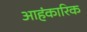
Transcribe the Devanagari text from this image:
आहंकारिक